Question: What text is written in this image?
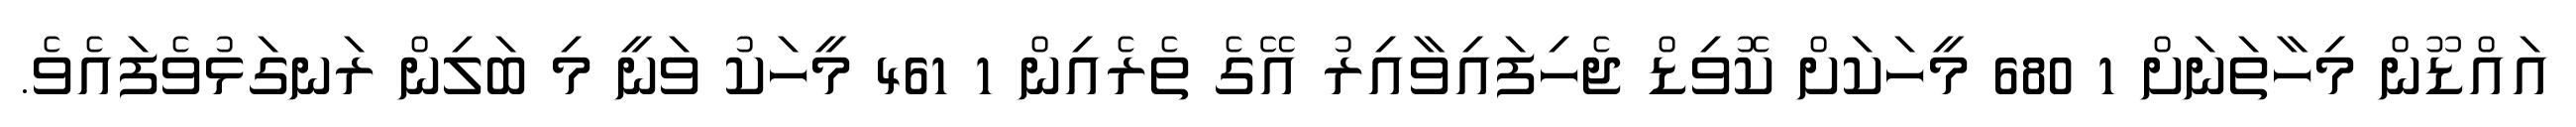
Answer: އައްޑޫން މިހާތަނަށް 1 680 މީހަކަށް ކޮވިޑް ޖެހިފައިވާއިރު އޭގެ ތެރެއިން 1 461 މީހަކު ވަނީ މި ބަލިން ރަނގަޅުވެފައެވެ.